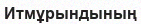
Итмұрындының